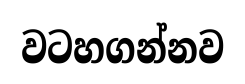
වටහගන්නව